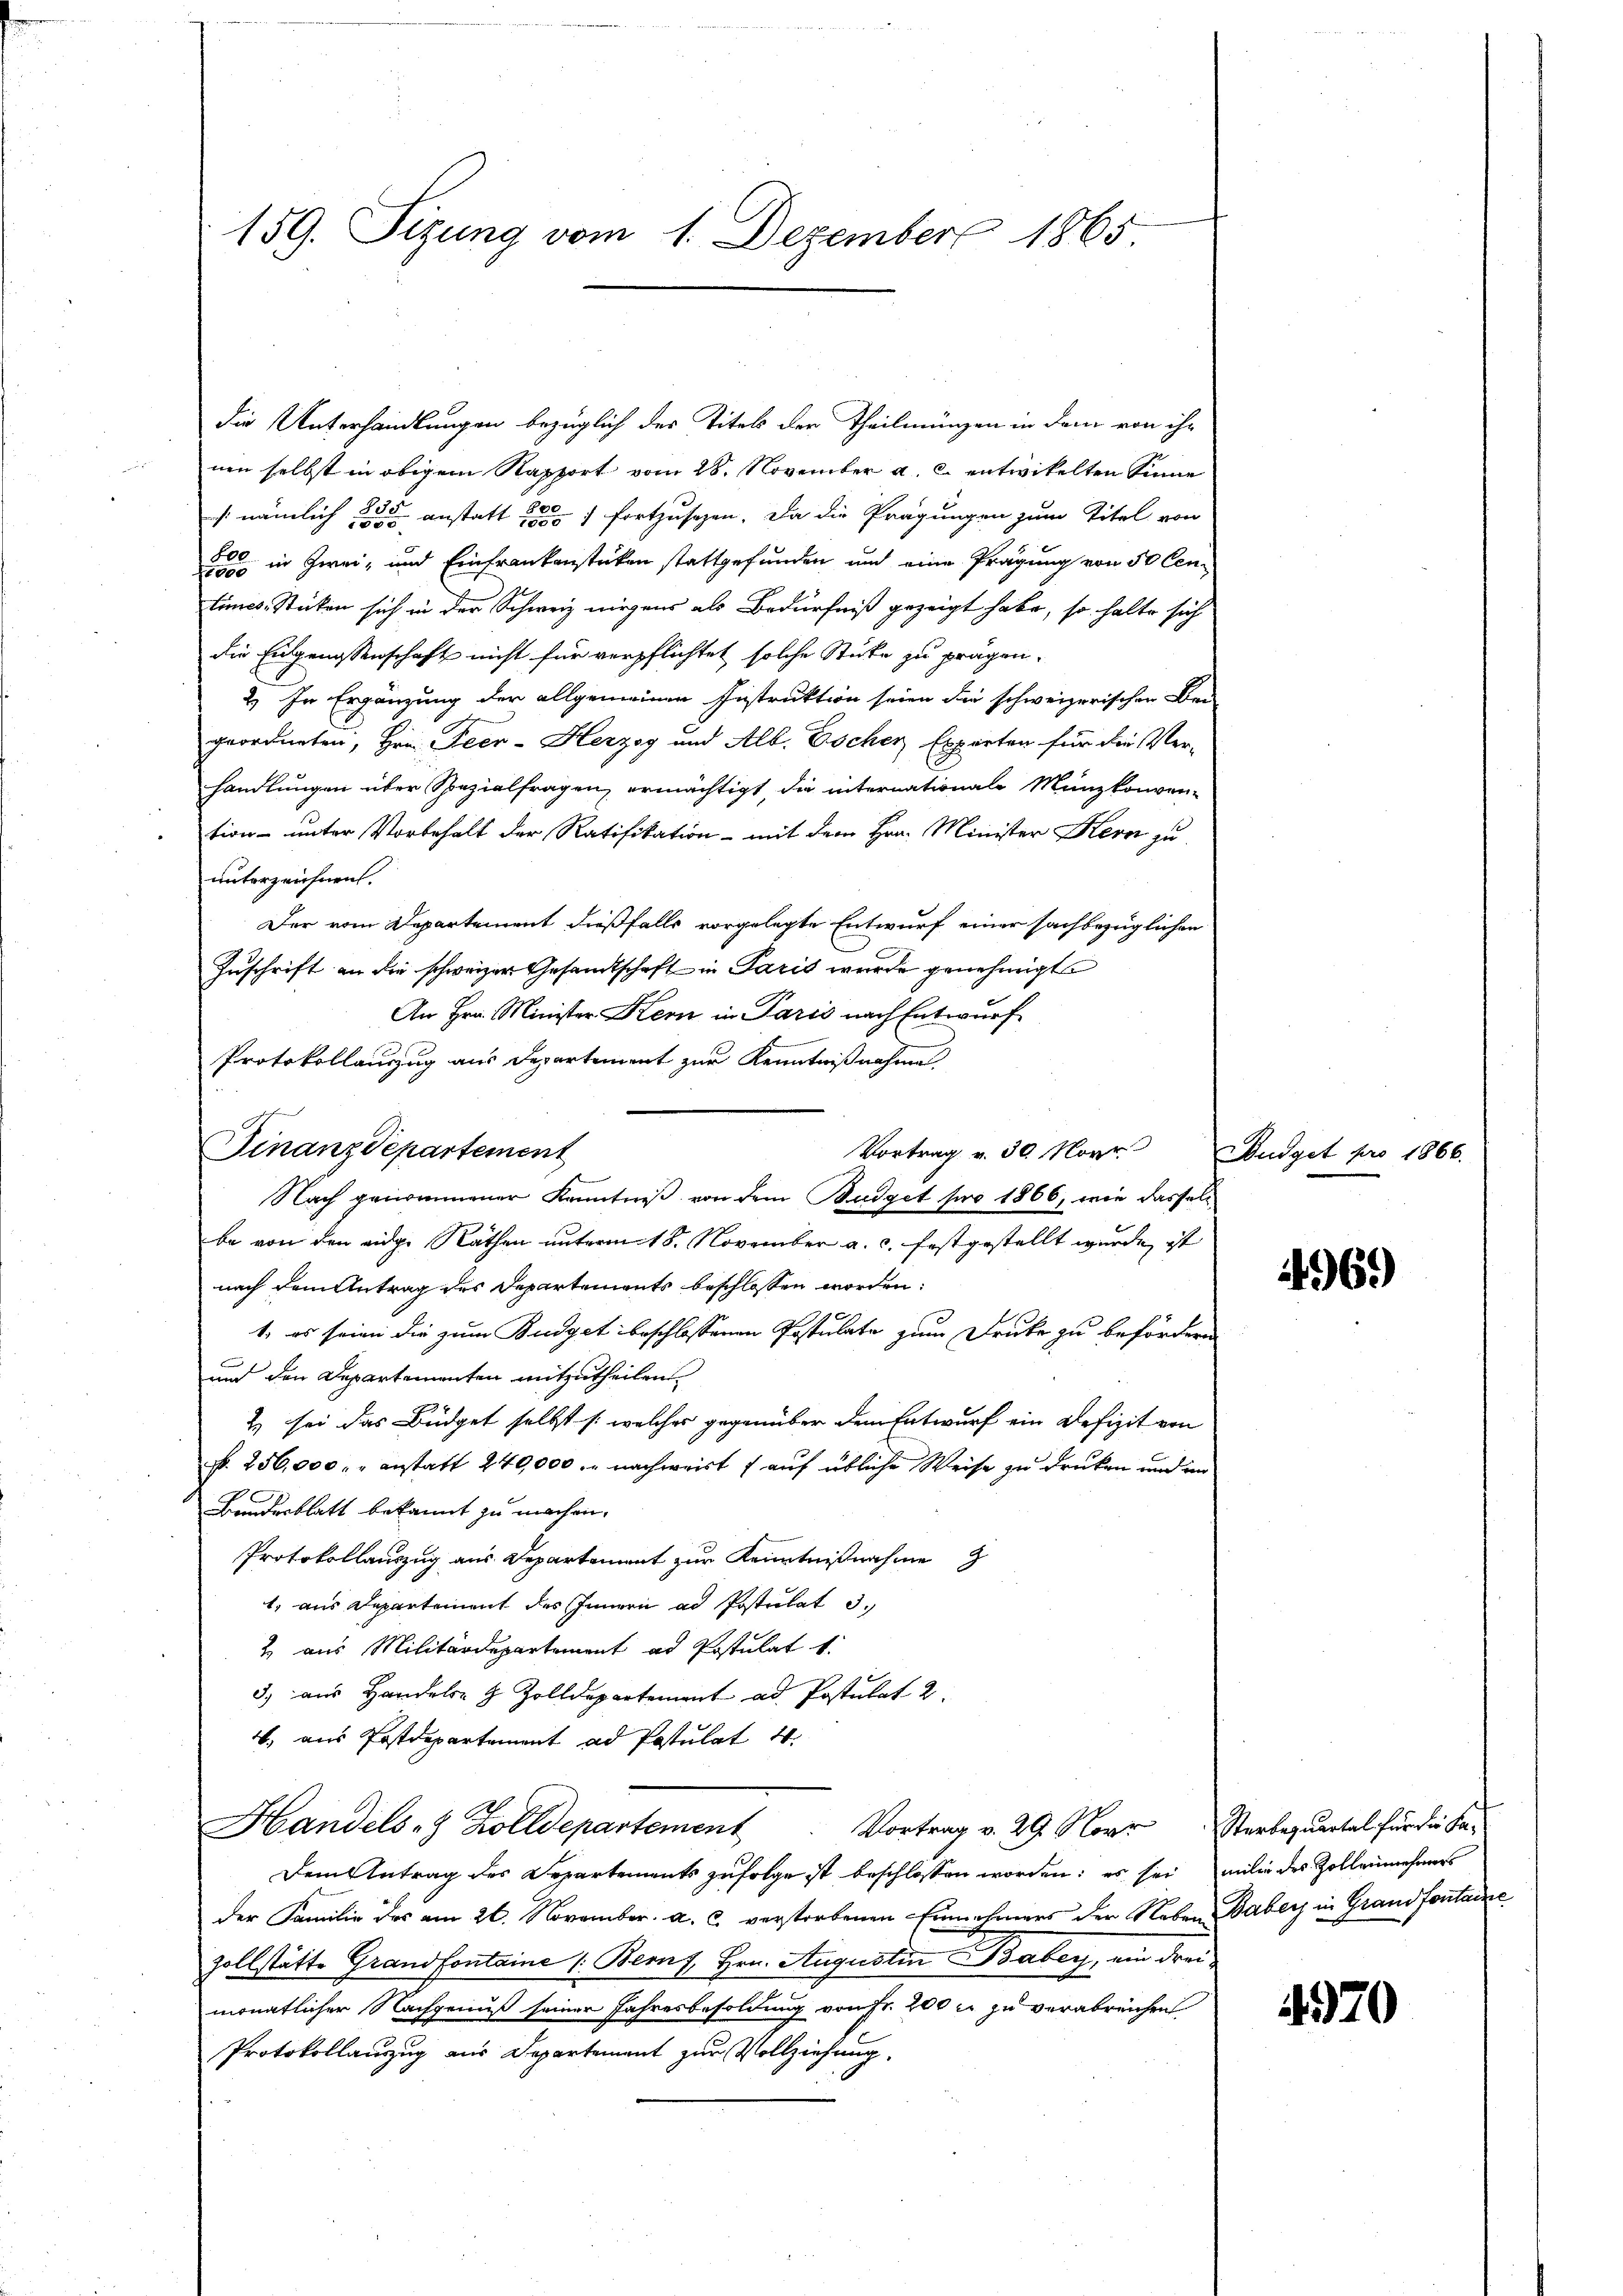
159. Sizung vom 1. Dezember 1865

die Unterhandlungen bezüglich der Titels der Theilmünzen in dem von ihr
nen selbst in obigem Rapport vom 28. November a. c. entwickelten Sinne
s nämlich 2 anstatt 257 fortzusetzen. Da die Prägungen zum Titel von
8000 in Zwei- und Einfrankenstücken stattgefunden und eine Prägung von 50 Centimes Sticken sich in der Schweiz nirgens als Bedürfniß gezeigt habe, so halte sich
die Eidgenossenschaft nicht für verpflichtet solche Stücke zu prägen.
2) In Ergänzung der allgemeinen Instruktion seien die schweizerischen Bei-
geordneten, Hrn. Feer-Herzog und Alb. Escher Experten für die Ver-
handlungen über Spezialfragen, ermächtigt, die internationale Münzkonvention unter Vorbehalt der Ratifikation - mit dem Hrn. Minister Kern zu
unterzeichnen.
Der vom Departement dießfalls vorgelegte Entwurf einer sachbezüglichen
Zuschrift an die schweizer Gesandtschaft in Paris wurde genehmigt.
An Hrn. Minister Kern in Paris nach Entwurf
Protokollauszug aus Departement zur Kenntnißnahme.
Vortrag v. 30. Novr
Nach genommener Kenntniß von dem Budget pro 1866, wie dasselbe von den eidge Rathen unterm 18. November a. c. festgestellt wurde, ist
nach dem Antrag des Departements beschlossen worden:
1. es seien die zum Budget beschlossenen Postulate zum Drucke zu befördern
und den Departementen mitzutheilen.
2) sei das Büdget selbst /: welches gegenüber dem Entwurf ein Defizit von
N. 256,000 " " anstatt 240,000. nachweist f auf übliche Weise zu drucken und im
Bundesblatt bekannt zu machen.
Protokollauszug aus Departement zur Kenntnißnahme
1, aus Departement des Innern ad Postulat 3.
2 aus Militärdepartement ad Postulat 1
3) aus Handels- & Zolldepartement ad Postulat 2
4. aus Postdepartement ad Postulat 4.
Handels 8 Zolldepartement. Vortrag v. 29. Nove Sterbeqŭartal für die Fa-
Dem Antrag des Departements zufolge ist beschlossen worden; es sei milie des Zollenmehrers
der Familie des am 26. November. a. c. verstorbenen Einnahmers der Neben Baber in Grand fortane
zollstätte Grandfontaine Bemf Hrn. Augustin Babey, ein drei
monatlicher Nachgenuß seiner Jahresbesoldung von Fr. 200 x zu verabreichen
Protokollauszug aus Departement zur Vollziehung.

Finanzdepartement

Budget pro 1866.

4969)

4970